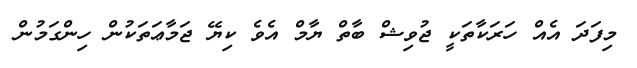
މިފަދަ އެއް ހަރަކާތަކީ ޖުވިޝް ބާތް ޔާމް އެވެ ކިޔޭ ޖަމާޢަތަކުން ހިންގަމުން